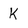
Character: K